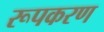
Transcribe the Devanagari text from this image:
रूपकरण